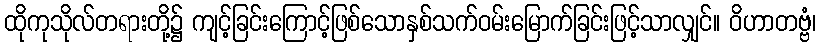
ထိုကုသိုလ်တရားတို့၌ ကျင့်ခြင်းကြောင့်ဖြစ်သောနှစ်သက်ဝမ်းမြောက်ခြင်းဖြင့်သာလျှင်။ ဝိဟာတဗ္ဗံ၊